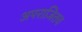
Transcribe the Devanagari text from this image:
अपराजितच